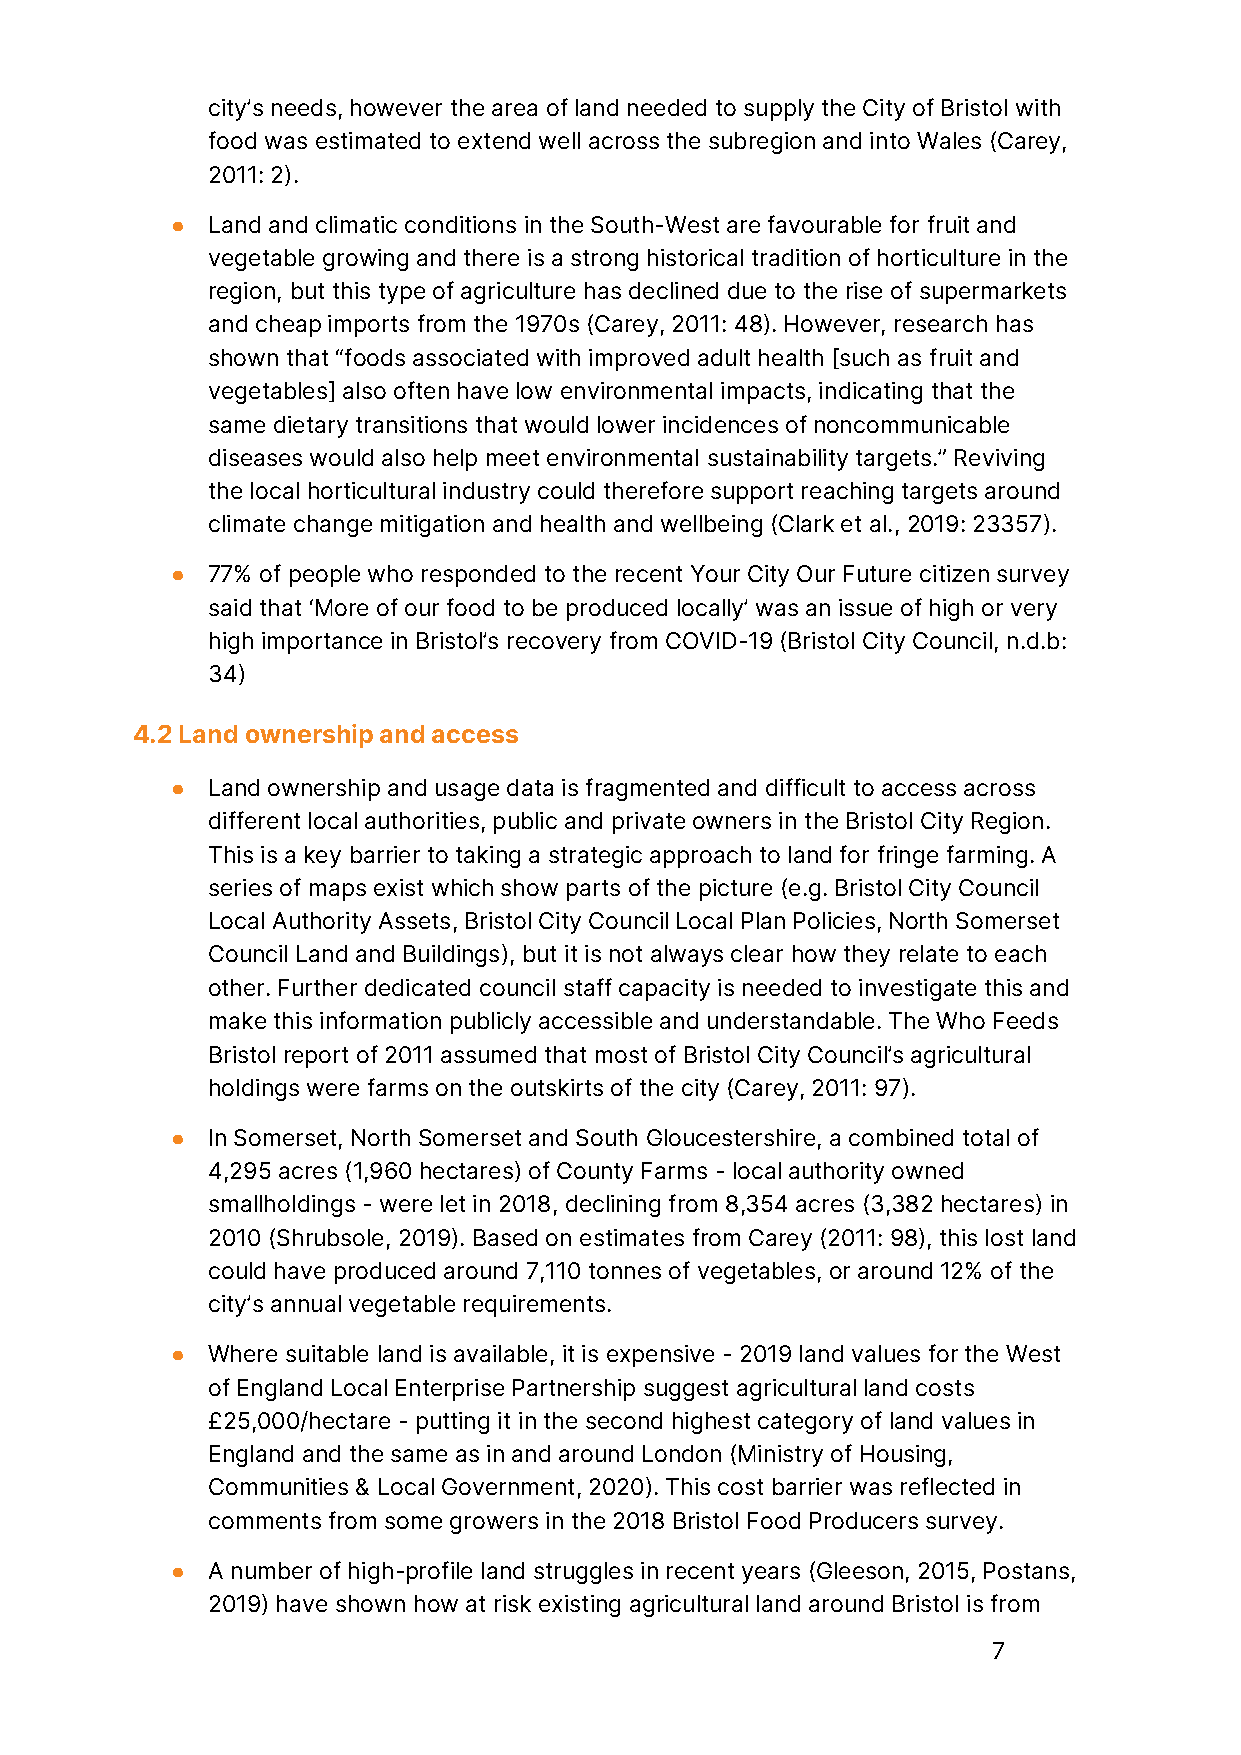
city’s needs, however the area of land needed to supply the City of Bristol with
 food was estimated to extend well across the subregion and into Wales (Carey,
 2011: 2).
 ●  Land and climatic conditions in the South-West are favourable for fruit and
 vegetable growing and there is a strong historical tradition of horticulture in the
 region, but this type of agriculture has declined due to the rise of supermarkets
 and cheap imports from the 1970s (Carey, 2011: 48). However, research has
 shown that “foods associated with improved adult health [such as fruit and
 vegetables] also often have low environmental impacts, indicating that the
 same dietary transitions that would lower incidences of noncommunicable
 diseases would also help meet environmental sustainability targets.” Reviving
 the local horticultural industry could therefore support reaching targets around
 climate change mitigation and health and wellbeing (Clark et al., 2019: 23357).
 ●  77% of people who responded to the recent Your City Our Future citizen survey
 said that ‘More of our food to be produced locally’ was an issue of high or very
 high importance in Bristol’s recovery from COVID-19 (Bristol City Council, n.d.b:
 34)
 4.2 Land ownership and access
 ●  Land ownership and usage data is fragmented and difficult to access across
 different local authorities, public and private owners in the Bristol City Region.
 This is a key barrier to taking a strategic approach to land for fringe farming. A
 series of maps exist which show parts of the picture (e.g. Bristol City Council
 Local Authority Assets, Bristol City Council Local Plan Policies, North Somerset
 Council Land and Buildings), but it is not always clear how they relate to each
 other. Further dedicated council staff capacity is needed to investigate this and
 make this information publicly accessible and understandable. The Who Feeds
 Bristol report of 2011 assumed that most of Bristol City Council’s agricultural
 holdings were farms on the outskirts of the city (Carey, 2011: 97).
 ●  In Somerset, North Somerset and South Gloucestershire, a combined total of
 4,295 acres (1,960 hectares) of County Farms - local authority owned
 smallholdings - were let in 2018, declining from 8,354 acres (3,382 hectares) in
 2010 (Shrubsole, 2019). Based on estimates from Carey (2011: 98), this lost land
 could have produced around 7,110 tonnes of vegetables, or around 12% of the
 city’s annual vegetable requirements.
 ●  Where suitable land is available, it is expensive - 2019 land values for the West
 of England Local Enterprise Partnership suggest agricultural land costs
 £25,000/hectare - putting it in the second highest category of land values in
 England and the same as in and around London (Ministry of Housing,
 Communities & Local Government, 2020). This cost barrier was reflected in
 comments from some growers in the 2018 Bristol Food Producers survey.
 ●  A number of high-profile land struggles in recent years (Gleeson, 2015, Postans,
 2019) have shown how at risk existing agricultural land around Bristol is from
 7